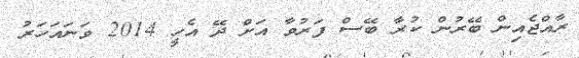
ރާއްޖެއިން ބޭރުން ކުރާ ބޭސް ފަރުވާ އަށް ދޭ އެހީ 2014 ވަނައަހަރު